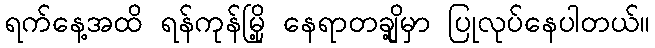
ရက်နေ့အထိ ရန်ကုန်မြို့ နေရာတချို့မှာ ပြုလုပ်နေပါတယ်။